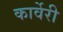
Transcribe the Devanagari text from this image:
कार्वेरी